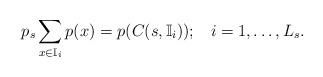
LaTeX: \begin{align*}p_s \sum_{x\in \mathbb{I}_i} p(x) =p( C(s,\mathbb{I}_i));\;\;\; i=1,\ldots, L_s.\end{align*}